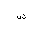
Letter: _shin